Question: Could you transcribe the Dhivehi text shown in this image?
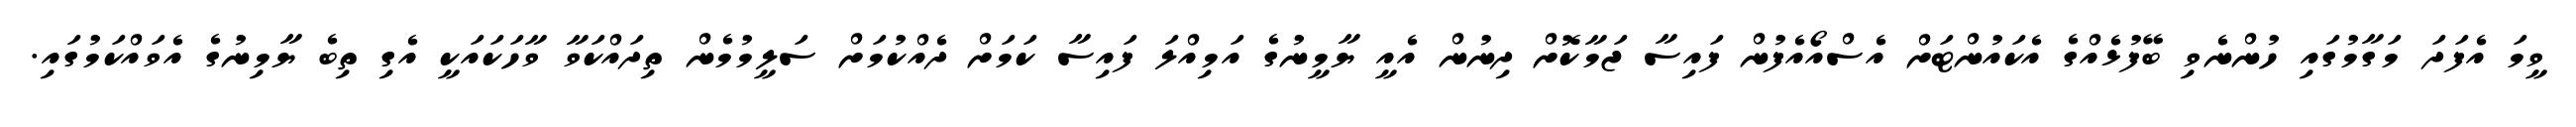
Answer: ވީމަ އެފަދަ މަގާމުގައި ހުންނެވި ބޭފުޅެއްގެ އެކައުންޓަށް އެސްއޯއެފުން ފައިސާ ޖަމާކޮށް ދިނުން އެއީ ޔާމީނުގެ އަމިއްލަ ފައިސާ ކަމަށް ދެއްކުމަށް ސަލީމުމެން ތިދައްކަވާ ވާހަކައަކީ އެގި ތިބެ ޔާމިނުގެ އެވައްކަމުގައި.